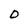
Character: O